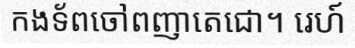
កងទ័ពចៅពញាតេជោ។ រេហ៍